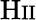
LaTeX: \textrm{H}\scriptstyle\mathrm{II}